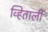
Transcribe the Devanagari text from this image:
व्हिताली